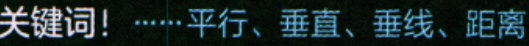
关键词！······平行、垂直、垂线、距离